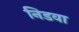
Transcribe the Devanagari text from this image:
निडवा